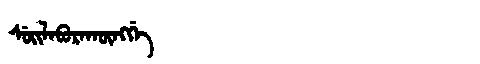
Manchu: ᠰᡠᡳᠯᠠᠪᡠᡵᠠᡴᡡᠩᡤᡝ
Romanization: SUILABURAKŪNGGE